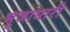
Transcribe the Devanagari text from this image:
भुजाधारी